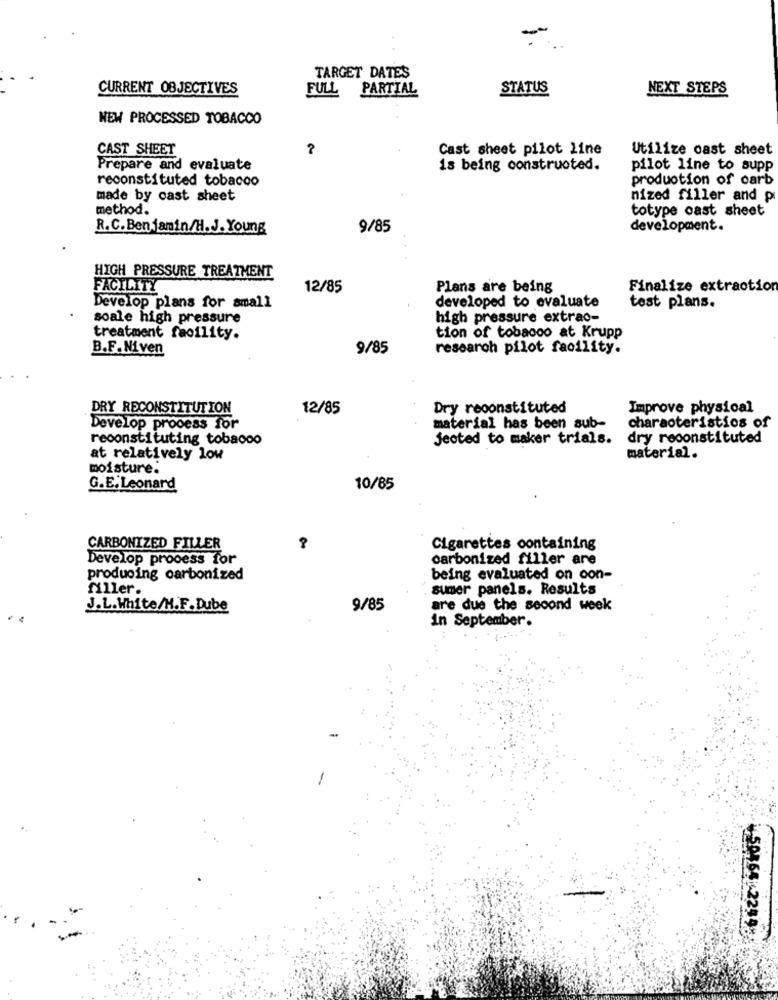
-
TARGET DATES
CURRENT OBJECTIVES
FULL
PARTIAL
STATUS
NEXT STEPS
NEW PROCESSED TOBACCO
CAST SHEET
Cast sheet pilot line
Utilize cast sheet
Prepare and evaluate
is being constructed.
pilot line to supp
reconstituted tobacco
production of carb
made by cast sheet
mized filler and p
method.
totype cast sheet
R.C.Benjamin/H.J. Young
9/85
development.
HIGH PRESSURE TREATMENT
FACILITY
12/85
Plans are being
Finalize extraction
developed to evaluate
Develop plans for small
test plans.
soale high pressure
high pressure extrao-
treatment facility.
tion of tobacco at Krupp
B.F.Niven
9/85
research pilot facility.
DRY RECONSTITUTION
12/85
Dry reconstituted
Improve physical
Develop process for
material has been sub-
characteristics of
reconstituting tobacoo
Jected to maker trials.
dry reconstituted
at relatively low
material.
moisture.
G.E. Leonard
10/85
CARBONIZED FILLER
Cigarettes containing
Develop process for
carbonized filler are
producing carbonized
being evaluated on con-
filler.
sumer panels. Results
J.L.White/M.F.Dube
9/85
are due the second week
in September.
¥50865 .2259